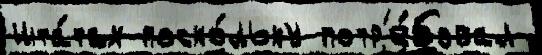
шта́тах поско́льку потр'е́бовал